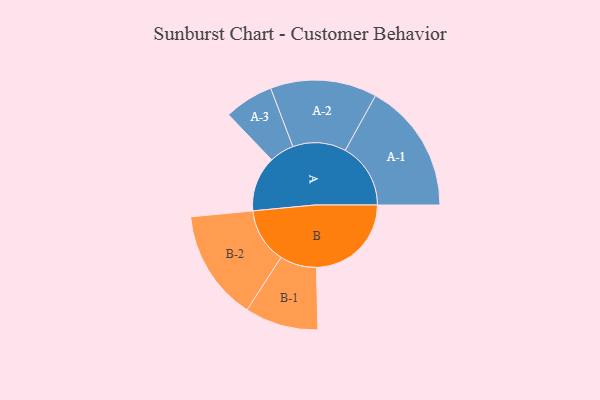
{"axis": {"x": "Segment", "y": "Value"}, "legend": ["", "A", "B"], "data": [{"x": "A", "y": 247, "type": ""}, {"x": "B", "y": 424, "type": ""}, {"x": "A-1", "y": 292, "type": "A"}, {"x": "A-2", "y": 238, "type": "A"}, {"x": "A-3", "y": 110, "type": "A"}, {"x": "B-1", "y": 164, "type": "B"}, {"x": "B-2", "y": 247, "type": "B"}]}